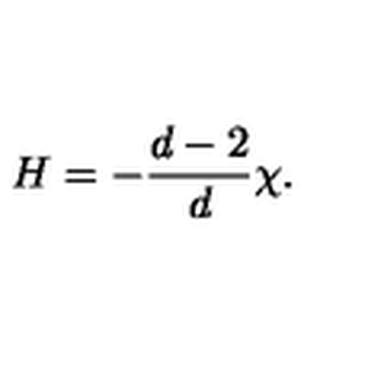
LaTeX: H = - { \frac { d - 2 } { d } } \chi .